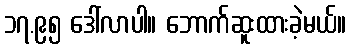
၁၇.၉၅ ဒေါ်လာပါ။ ဘောက်ဆူးထားခဲ့မယ်။